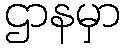
ဌာနမှာ